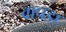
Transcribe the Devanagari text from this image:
वापडा